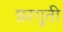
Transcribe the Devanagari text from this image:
घ्ररगुती